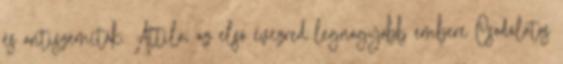
és antiszemiták. Attila, az első évezred legnagyobb embere Csodálatos